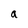
Character: a